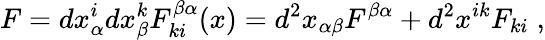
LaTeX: F=dx_{\alpha}^{i}dx_{\beta}^{k}F_{ki}^{\beta\alpha}(x)=d^{2}x_{\alpha\beta}F^{\beta\alpha}+d^{2}x^{ik}F_{ki}\; ,